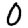
Digit: 0